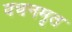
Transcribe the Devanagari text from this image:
वचनमृत